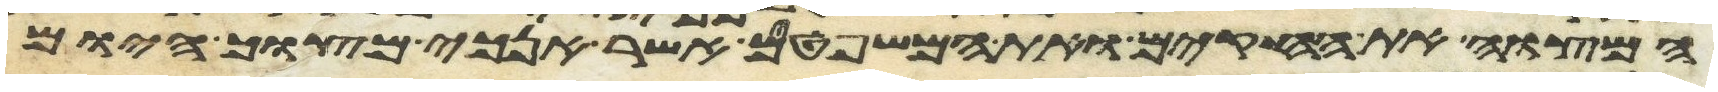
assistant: המצוה את החקים ואת המשפטים אשר אנכי מצוך היום